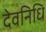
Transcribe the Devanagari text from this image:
देवनिधि